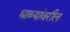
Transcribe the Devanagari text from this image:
धाब्यांवरील